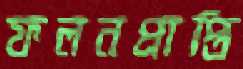
ফলনপ্রাপ্তি